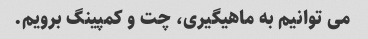
می توانیم به ماهیگیری، چت و کمپینگ برویم.